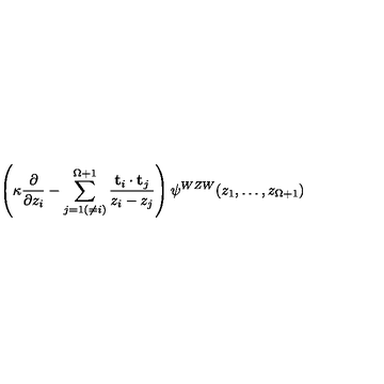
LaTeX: \left( \kappa \frac { \partial } { \partial z _ { i } } - \sum _ { j = 1 ( \neq i ) } ^ { \Omega + 1 } \frac { { \bf t } _ { i } \cdot { \bf t } _ { j } } { z _ { i } - z _ { j } } \right) \psi ^ { W Z W } ( z _ { 1 } , \dots , z _ { \Omega + 1 } )